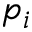
p _ { i }